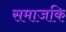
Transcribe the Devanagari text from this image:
समाजकि